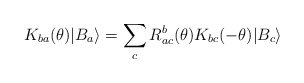
\begin{align*}K_{ba}(\theta )|B_{a}\rangle =\sum _{c}R^{b}_{ac}(\theta )K_{bc}(-\theta )|B_{c}\rangle\end{align*}